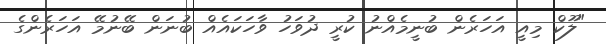
"ލޫކް މިއީ އަހަރެން ބުނީމެއްނު ކުރީ ދުވަހު ވާހަކައެއް ބުނަން ބޭނުމޭ އަހަރެންގެ